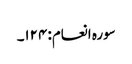
سورہ انعام: ۱۲۴۔